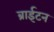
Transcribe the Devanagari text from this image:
ब्राईटन